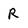
Character: R